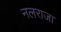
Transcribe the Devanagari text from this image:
नलराजा